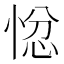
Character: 𭝗